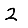
Digit: 2